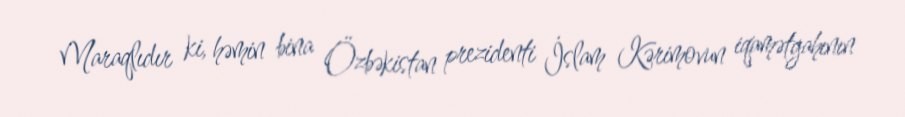
Maraqlıdır ki, həmin bina Özbəkistan prezidenti İslam Kərimovun iqamətgahının